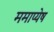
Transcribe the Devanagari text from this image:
ममाप्येष